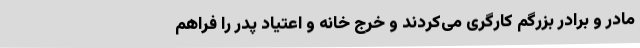
مادر و برادر بزرگم کارگری می‌کردند و خرج خانه و اعتیاد پدر را فراهم